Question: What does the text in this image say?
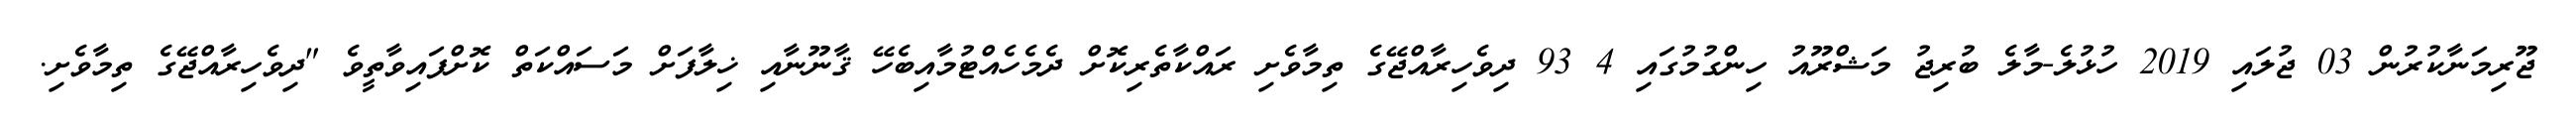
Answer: ޖޫރިމަނާކުރުން 03 ޖުލައި 2019 ހުޅުލެ-މާލެ ބުރިޖު މަޝްރޫއު ހިންގުމުގައި 4 93 ދިވެހިރާއްޖޭގެ ތިމާވެށި ރައްކާތެރިކޮށް ދެމެހެއްޓުމާއިބެހޭ ޤާނޫނާއި ޚިލާފަށް މަސައްކަތް ކޮށްފައިވާތީވެ "ދިވެހިރާއްޖޭގެ ތިމާވެށި.